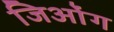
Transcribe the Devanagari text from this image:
जिओंग